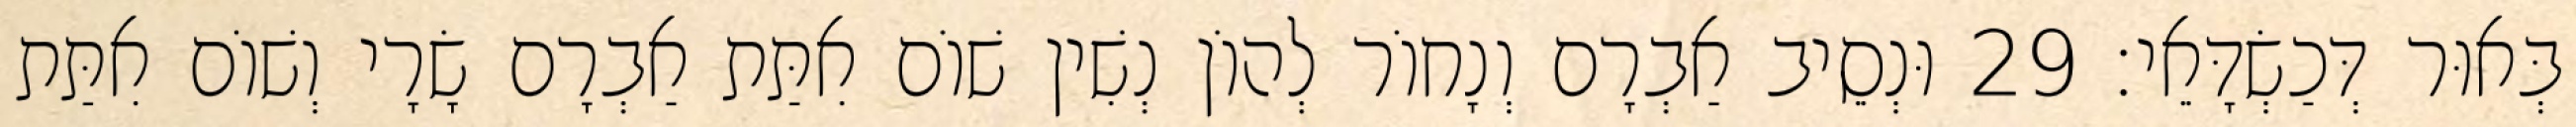
בְּאוּר דְּכַשְׂדָּאֵי׃ 29 וּנְסֵיב אַבְרָם וְנָחוֹר לְהוֹן נְשִׁין שׁוֹם אִתַּת אַבְרָם שָׂרָי וְשׁוֹם אִתַּת